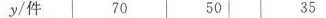
y/件 70 50 35